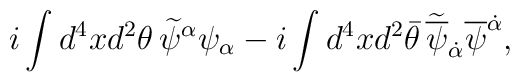
i\int d^4x d^2\theta\, \widetilde \psi^\alpha \psi_\alpha - i\int d^4x d^2\bar\theta\, \widetilde{\overline\psi}_{\dot\alpha} \overline\psi^{\dot\alpha},